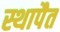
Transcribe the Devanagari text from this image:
स्थापैत